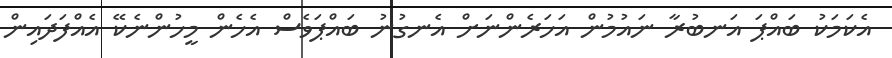
އެކަމަކު ބައްޕަ އަނބުރާ ނައުމުން އަހަރެންނަށް އެނގުނު ބައްޕަވެސް އެހެން މީހުންނެކޭ އެއްފަދައިން